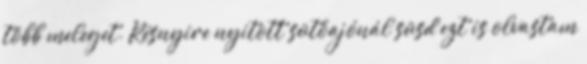
több meleget. Résnyire nyitott sütőajónál süsd ezt is olvastam